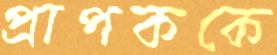
প্রাপককে